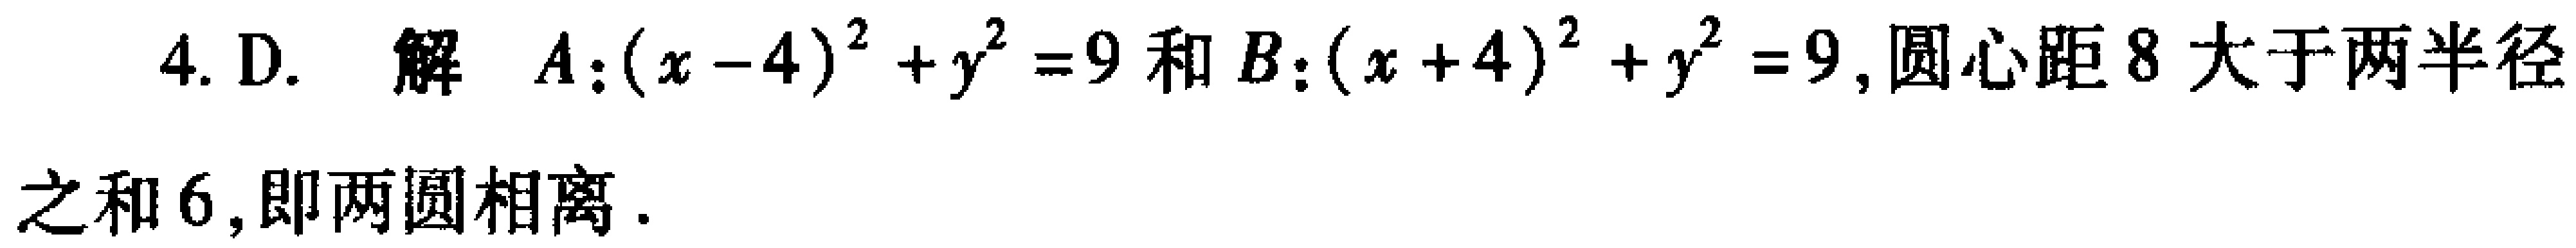
4. D. 解 \(A:(x - 4)^{2}+y^{2}=9\) 和 \(B:(x + 4)^{2}+y^{2}=9\), 圆心距 \(8\) 大于两半径之和 \(6\), 即两圆相离.